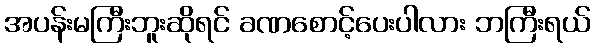
အပန်းမကြီးဘူးဆိုရင် ခဏစောင့်ပေးပါလား ဘကြီးရယ်